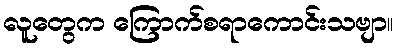
လူတွေက ကြောက်စရာကောင်းသဗျာ။